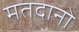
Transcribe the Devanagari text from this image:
मतदानो